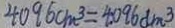
4 0 9 6 c m ^ { 3 } = 4 . 0 9 6 d m ^ { 3 }